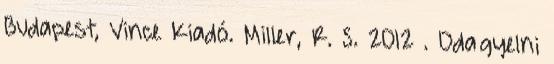
Budapest, Vince Kiadó. Miller, R. S. 2012 . Odaﬁgyelni